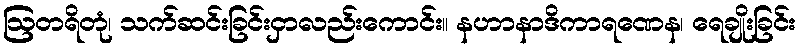
ဩတရိတုံ၊ သက်ဆင်းခြင်းငှာလည်းကောင်း။ နဟာနာဒိကာရဏေန၊ ရေချိုးခြင်း